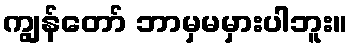
ကျွန်တော် ဘာမှမမှားပါဘူး။